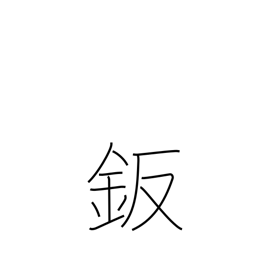
Meaning: sheet metal